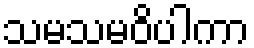
သမသမဝိပါကာ